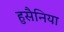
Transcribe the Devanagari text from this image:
हुसैनिया